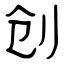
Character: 创